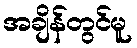
အချိန်တွင်မူ